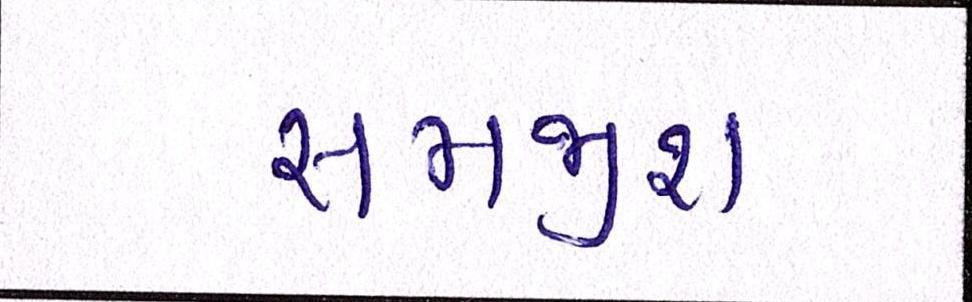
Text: સમજીશ